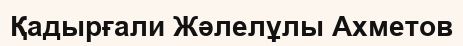
Қадырғали Жәлелұлы Ахметов